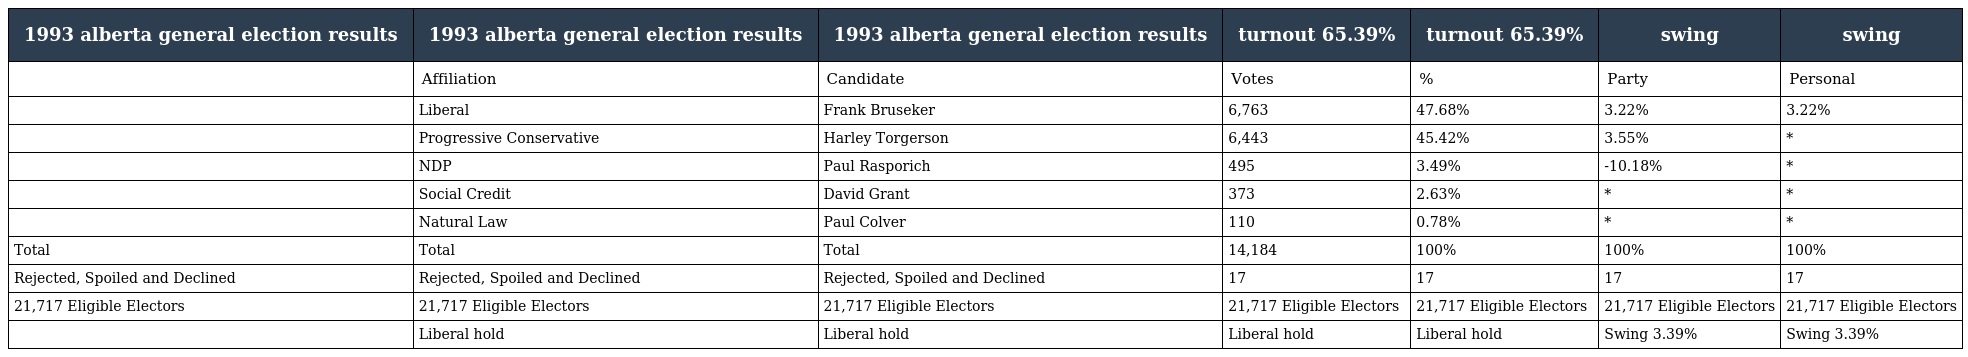
| 1993 alberta general election results | 1993 alberta general election results | 1993 alberta general election results | turnout 65.39% | turnout 65.39% | swing | swing |
 | --- | --- | --- | --- | --- | --- | --- |
 |  | Affiliation | Candidate | Votes | % | Party | Personal |
 |  | Liberal | Frank Bruseker | 6,763 | 47.68% | 3.22% | 3.22% |
 |  | Progressive Conservative | Harley Torgerson | 6,443 | 45.42% | 3.55% | * |
 |  | NDP | Paul Rasporich | 495 | 3.49% | -10.18% | * |
 |  | Social Credit | David Grant | 373 | 2.63% | * | * |
 |  | Natural Law | Paul Colver | 110 | 0.78% | * | * |
 | Total | Total | Total | 14,184 | 100% | 100% | 100% |
 | Rejected, Spoiled and Declined | Rejected, Spoiled and Declined | Rejected, Spoiled and Declined | 17 | 17 | 17 | 17 |
 | 21,717 Eligible Electors | 21,717 Eligible Electors | 21,717 Eligible Electors | 21,717 Eligible Electors | 21,717 Eligible Electors | 21,717 Eligible Electors | 21,717 Eligible Electors |
 |  | Liberal hold | Liberal hold | Liberal hold | Liberal hold | Swing 3.39% | Swing 3.39% |